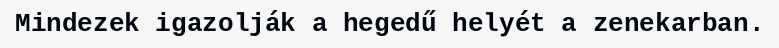
Mindezek igazolják a hegedű helyét a zenekarban.